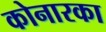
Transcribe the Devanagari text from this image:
कोनारका